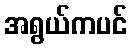
အရွယ်ကပင်